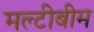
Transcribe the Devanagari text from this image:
मल्टीबीम